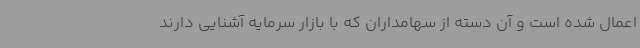
اعمال شده است و آن دسته از سهامداران که با بازار سرمایه آشنایی دارند